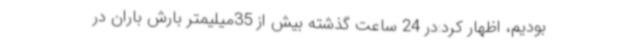
بودیم، اظهار کرد:در 24 ساعت گذشته بیش از 35میلیمتر بارش باران در